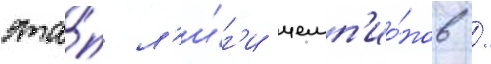
эта́п л'и́г'и чемп'ио́нов /